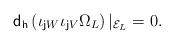
LaTeX: \begin{align*}{\sf d_h}\left(\iota_{{\sf j}W}\iota_{{\sf j}V} \Omega_L\right) \vert_{{\cal E}_L}= 0.\end{align*}